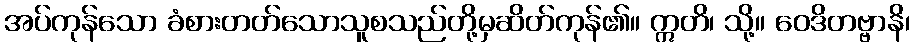
အပ်ကုန်သော ခံစားတတ်သောသူစသည်တို့မှဆိတ်ကုန်၏။ ဣတိ၊ သို့။ ဝေဒိတဗ္ဗာနိ၊